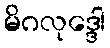
မိဂလုဒ္ဒေါ